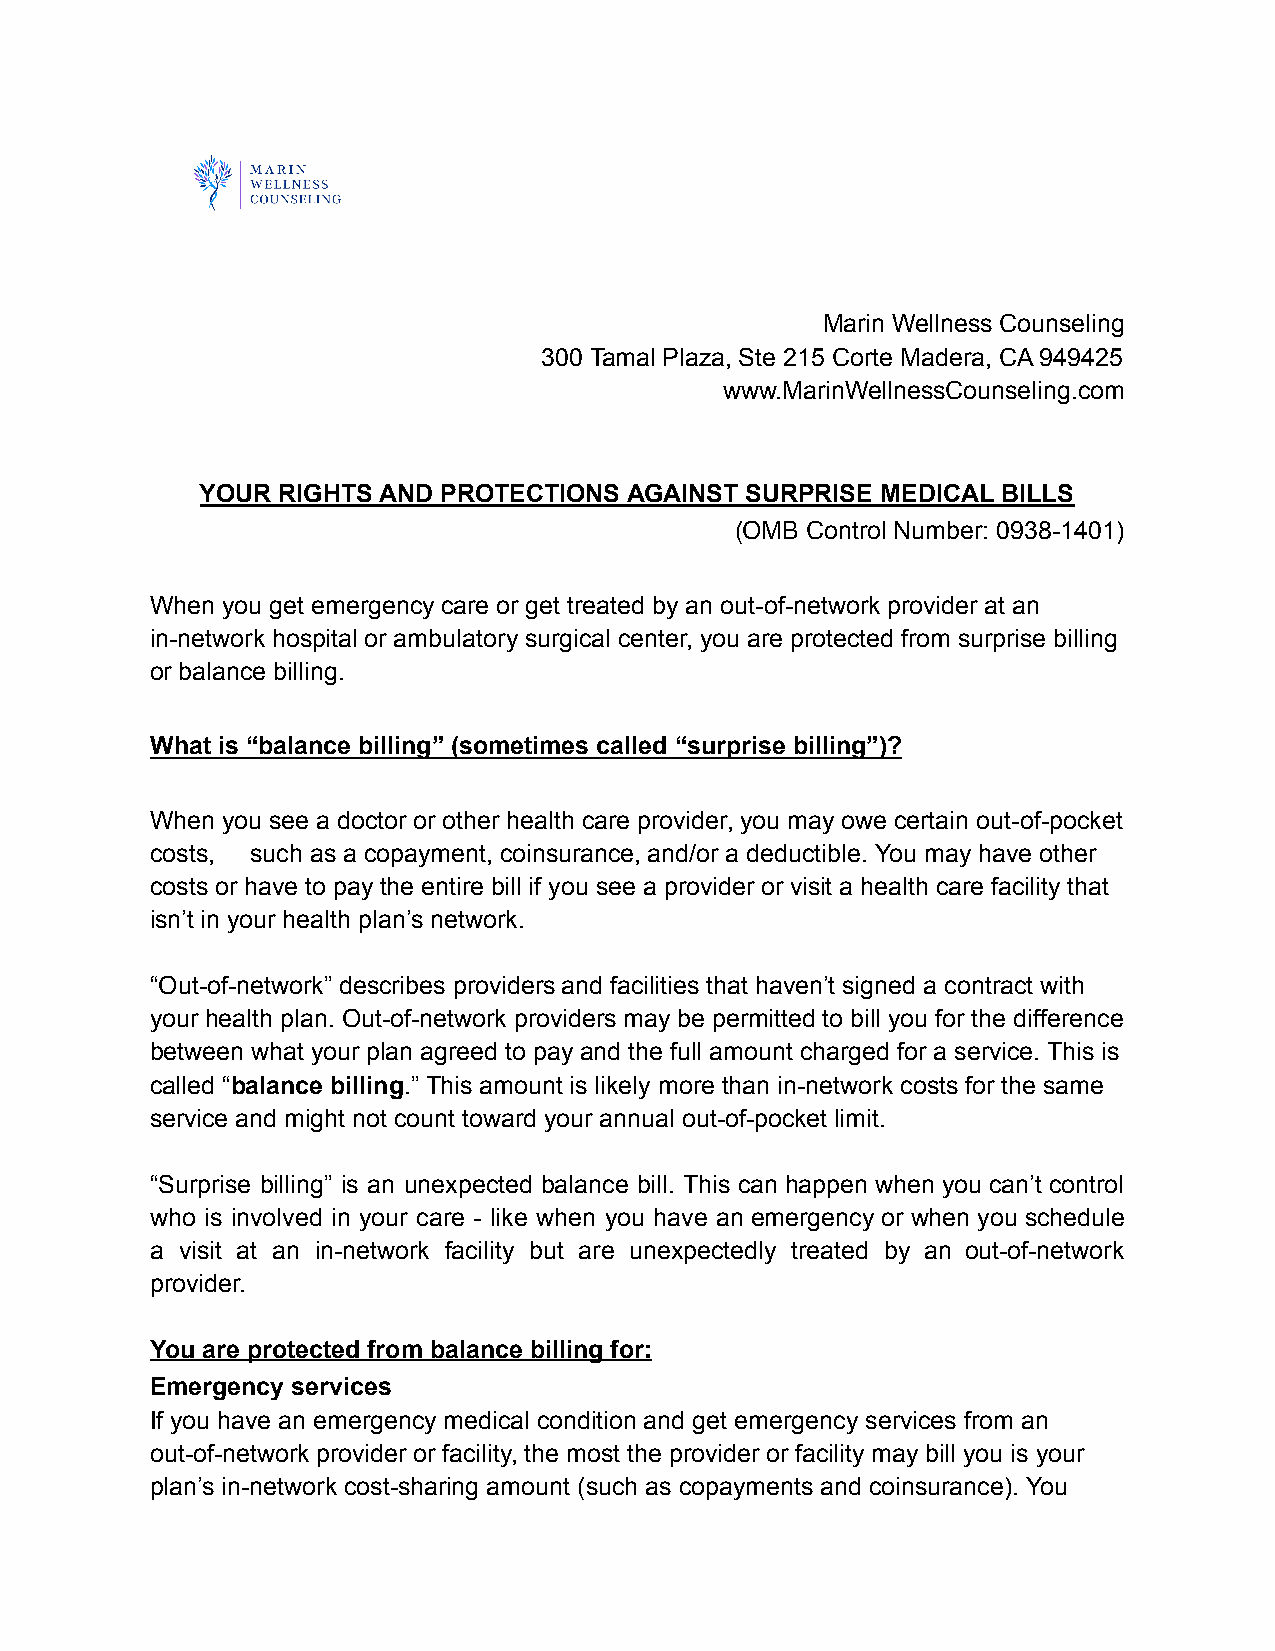
Marin Wellness Counseling
 300 Tamal Plaza, Ste 215 Corte Madera, CA 949425
 www.MarinWellnessCounseling.com
 YOUR RIGHTS AND PROTECTIONS AGAINST SURPRISE MEDICAL BILLS
 (OMB Control Number: 0938-1401)
 When you get emergency care or get treated by an out-of-network provider at an
 in-network hospital or ambulatory surgical center, you are protected from surprise billing
 or balance billing.
 What is “balance billing” (sometimes called “surprise billing”)?
 When you see a doctor or other health care provider, you may owe certain out-of-pocket
 costs, such as a copayment, coinsurance, and/or a deductible. You may have other
 costs or have to pay the entire bill if you see a provider or visit a health care facility that
 isn’t in your health plan’s network.
 “Out-of-network” describes providers and facilities that haven’t signed a contract with
 your health plan. Out-of-network providers may be permitted to bill you for the difference
 between what your plan agreed to pay and the full amount charged for a service. This is
 called “balance billing.” This amount is likely more than in-network costs for the same
 service and might not count toward your annual out-of-pocket limit.
 “Surprise billing” is an unexpected balance bill. This can happen when you can’t control
 who is involved in your care - like when you have an emergency or when you schedule
 a visit at an in-network facility but are unexpectedly treated by an out-of-network
 provider.
 You are protected from balance billing for:
 Emergency services
 If you have an emergency medical condition and get emergency services from an
 out-of-network provider or facility, the most the provider or facility may bill you is your
 plan’s in-network cost-sharing amount (such as copayments and coinsurance). You